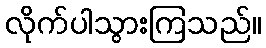
လိုက်ပါသွားကြသည်။